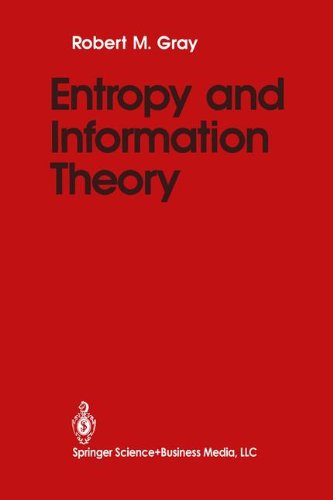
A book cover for Entropy and Information Theory; Robert M. Gray; Science & Math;